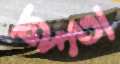
হুহ্